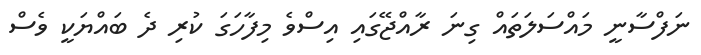
ނަފްސާނީ މައްސަލަތައް ގިނަ ރާއްޖޭގައި އިސްވެ މިފާހަގަ ކުރި ދެ ބައްޔަކީ ވެސް